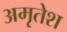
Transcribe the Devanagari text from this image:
अमृतेश